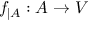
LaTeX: f _ { | A } : A \to V